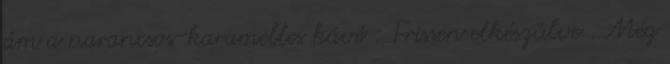
ám a narancsos-karamelles kávé : Frissen elkészülve . Még